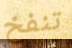
تنفخ